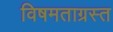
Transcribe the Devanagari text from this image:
विषमताग्रस्त